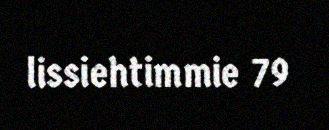
lissiehtimmie 79